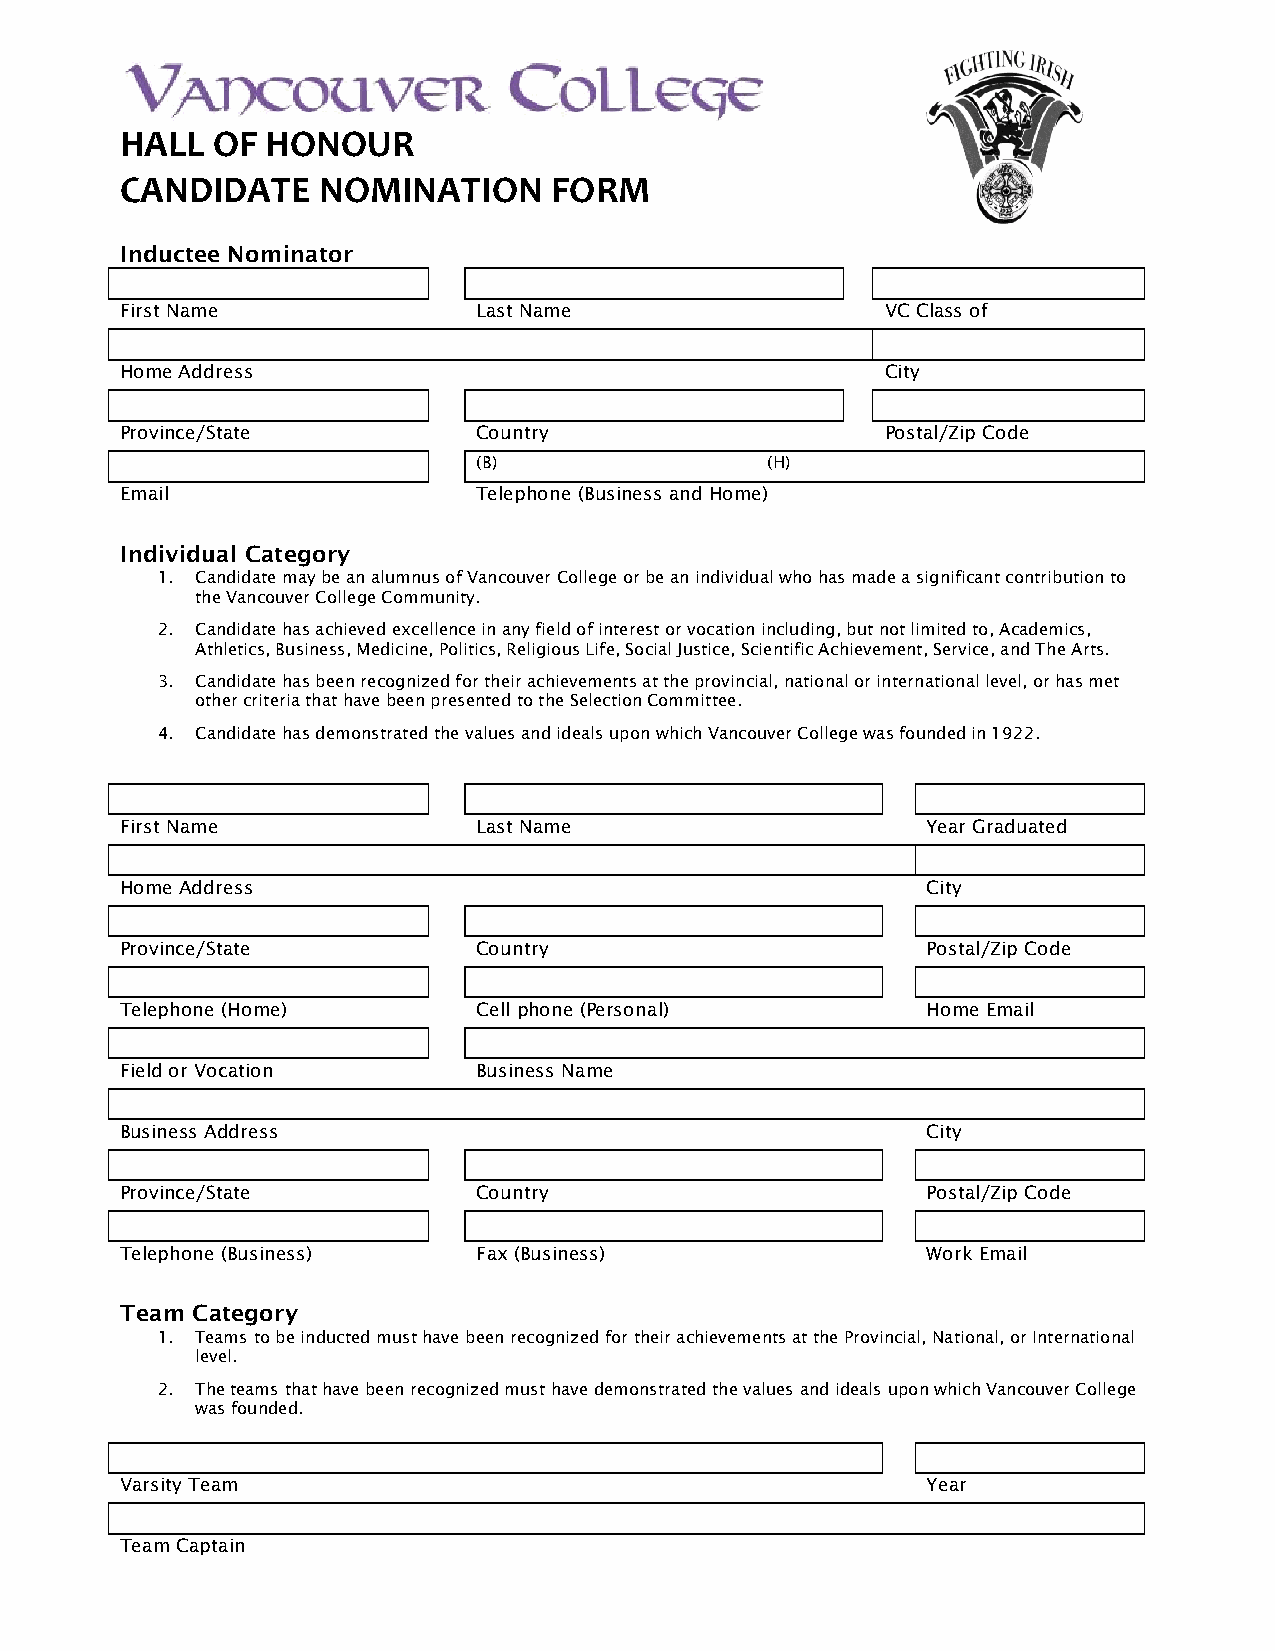
HALL  OF  HONOUR
 CANDIDATE    NOMINATION     FORM
 Inductee Nominator
 First Name              Last Name                  VC Class of
 Home Address                                       City
 Province/State          Country                    Postal/Zip Code
 (B)                (H)
 Email                   Telephone (Business and Home)
 Individual Category
 1. Candidate may be an alumnus of Vancouver College or be an individual who has made a significant contribution to
 the Vancouver College Community.
 2. Candidate has achieved excellence in any field of interest or vocation including, but not limited to, Academics,
 Athletics, Business, Medicine, Politics, Religious Life, Social Justice, Scientific Achievement, Service, and The Arts.
 3. Candidate has been recognized for their achievements at the provincial, national or international level, or has met
 other criteria that have been presented to the Selection Committee.
 4. Candidate has demonstrated the values and ideals upon which Vancouver College was founded in 1922.
 First Name              Last Name                    Year Graduated
 Home Address                                         City
 Province/State          Country                      Postal/Zip Code
 Telephone (Home)        Cell phone (Personal)        Home Email
 Field or Vocation       Business Name
 Business Address                                     City
 Province/State          Country                      Postal/Zip Code
 Telephone (Business)    Fax (Business)               Work Email
 Team Category
 1. Teams to be inducted must have been recognized for their achievements at the Provincial, National, or International
 level.
 2. The teams that have been recognized must have demonstrated the values and ideals upon which Vancouver College
 was founded.
 Varsity Team                                         Year
 Team Captain